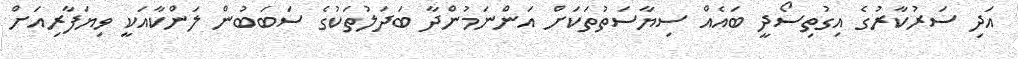
އަދި ސަރުކާރުގެ އިގުތިސޯދީ ބައެއް ސިޔާސަތުތަކަށް އަންނަމުންދާ ބަދަލުތަކުގެ ސަބަބުން ލަންކާއަކީ ވިޔަފާރިއަށް